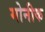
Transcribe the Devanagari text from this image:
मोनीक